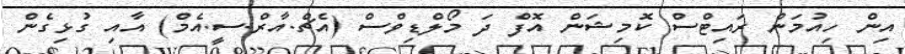
އިން ހިއުމަން ރައިޓްސް ކޮމިޝަން އޮފް ދަ މޯލްޑިވްސް (އެޗް.އާރް.ސީ.އެމް) އާއި ގުޅިގެން